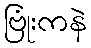
ဗြုံးကနဲ